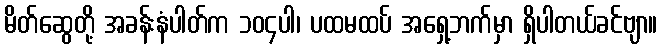
မိတ်ဆွေတို့ အခန်းနံပါတ်က ၁၀၄ပါ၊ ပထမထပ် အရှေ့ဘက်မှာ ရှိပါတယ်ခင်ဗျာ။